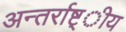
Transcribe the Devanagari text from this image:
अन्तर्राष्ट्ीय